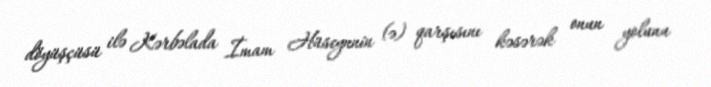
döyüşçüsü ilə Kərbəlada İmam Hüseynnin (ə) qarşısını kəsərək onun yolunu